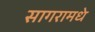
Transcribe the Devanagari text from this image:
सागरामधे